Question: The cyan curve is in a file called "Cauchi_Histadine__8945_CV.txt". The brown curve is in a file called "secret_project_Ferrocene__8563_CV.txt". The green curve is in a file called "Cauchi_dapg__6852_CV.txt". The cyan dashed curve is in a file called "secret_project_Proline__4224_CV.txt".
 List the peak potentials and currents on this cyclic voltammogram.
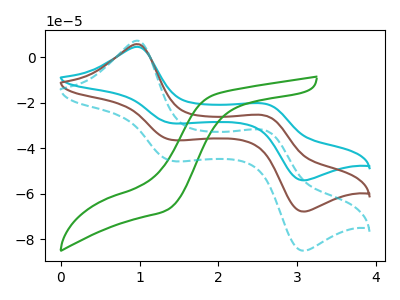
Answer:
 <answer>The cyan curve "Histadine" has anodic peaks at (0.95V, 11.75uA) (2.60V, -51.05uA) and cathodic peaks at (1.40V, -72.55uA) (3.05V, -135.50uA). The brown curve "Ferrocene" has anodic peaks at (0.95V, 5.90uA) (2.60V, -25.50uA) and cathodic peaks at (1.40V, -36.30uA) (3.05V, -67.75uA). The green curve "dapg" has no peaks. The cyan dashed curve "Proline" has anodic peaks at (0.95V, 7.40uA) (2.60V, -32.00uA) and cathodic peaks at (1.40V, -45.50uA) (3.05V, -85.00uA).</answer>
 <eval></eval>